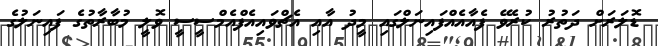
ޑޮލަރަށް ދަތުރު ކުރެވޭ ފެއާއެއްފައިނަލްގައި މީދު އާއި އެޗްވައިއެފްއެމްސީސީ ވޮލީ މުބާރާތުގެ ފައިނަލުގެ